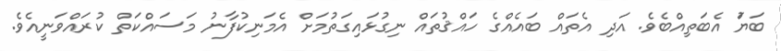
ބަޔަު އެބަތިއްބެވެ. އަދި އެތައް ބައެއްގެ ހައްޤުތައް ނިގުޅައިގަތުމަށް އެމަނިކުފާނު މަސައްކަތް ކުރައްވަނީއެވެ.